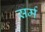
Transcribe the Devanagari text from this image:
सर्म